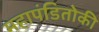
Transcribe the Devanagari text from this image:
महापंडितोकी